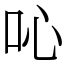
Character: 吣